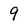
Character: 9